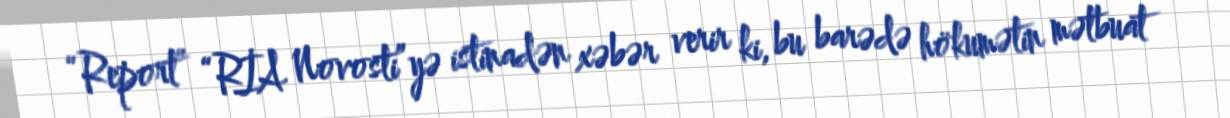
“Report” “RİA Novosti”yə istinadən xəbər verir ki, bu barədə hökumətin mətbuat